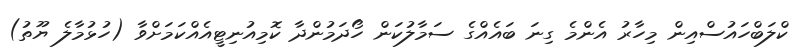
ކްލަބްހައުސްއިން މިހާރު އެންމެ ގިނަ ބައެއްގެ ސަމާލުކަން ހޯދަމުންދާ ކޮމިއުނިޓީއެއްކަމަށްވާ (ހުޅުމާލެ ޔޫތު)